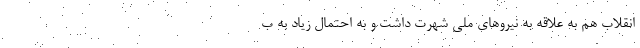
انقلاب هم به علاقه به نیروهای ملی شهرت داشت و به احتمال زیاد به ب